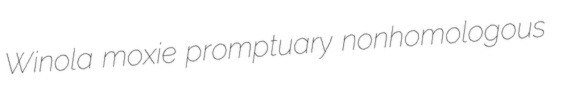
Winola moxie promptuary nonhomologous